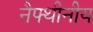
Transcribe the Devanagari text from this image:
नैफ्थीनीय